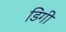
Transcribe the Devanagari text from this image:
डिगी